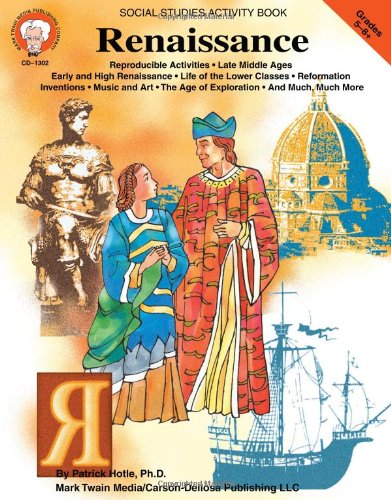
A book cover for Renaissance, Grades 5 - 8; Patrick Hotle Ph.D.; Children's Books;